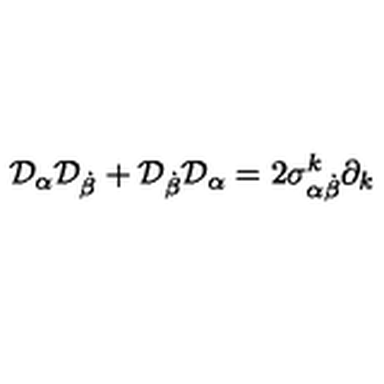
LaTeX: { \cal D } _ { \alpha } { \cal D } _ { \dot { \beta } } + { \cal D } _ { \dot { \beta } } { \cal D } _ { \alpha } = 2 { \sigma } _ { \alpha \dot { \beta } } ^ { k } \partial _ { k }